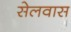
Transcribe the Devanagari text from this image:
सेलवास